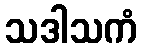
သဒါသကံ